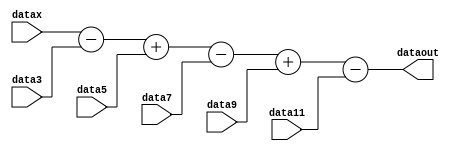
module add_sub_sin
#(parameter WIDTH=32)
(
	input signed [WIDTH-1:0] datax,
	input signed [WIDTH-1:0] data3,
	input signed [WIDTH-1:0] data5,
	input signed [WIDTH-1:0] data7,
	input signed [WIDTH-1:0] data9,
	input signed [WIDTH-1:0] data11,
	output [WIDTH-1:0] dataout
);

	assign dataout = datax - data3 + data5 - data7 + data9 - data11;

endmodule